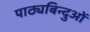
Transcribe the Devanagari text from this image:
पाठ्यबिन्दुओं